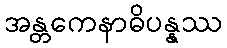
အန္တကေနာဓိပန္နဿ